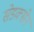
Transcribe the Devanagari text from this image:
सेडक्सेन